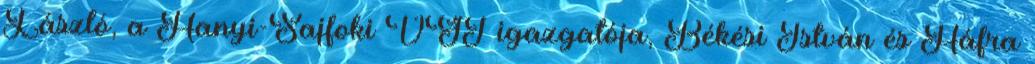
László, a Hanyi-Sajfoki VGT igazgatója, Békési István és Háfra